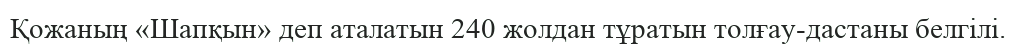
Қожаның «Шапқын» деп аталатын 240 жолдан тұратын толғау-дастаны белгілі.